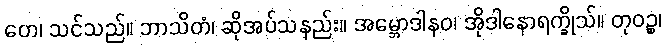
တေ၊ သင်သည်။ ဘာသိတံ၊ ဆိုအပ်သနည်း။ အမ္ဘောဒါနဝ၊ အိုဒါနောရက္ခိုသ်။ တုဝဉ္စ၊